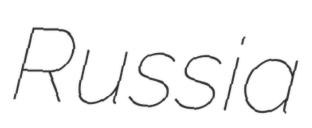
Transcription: Russia